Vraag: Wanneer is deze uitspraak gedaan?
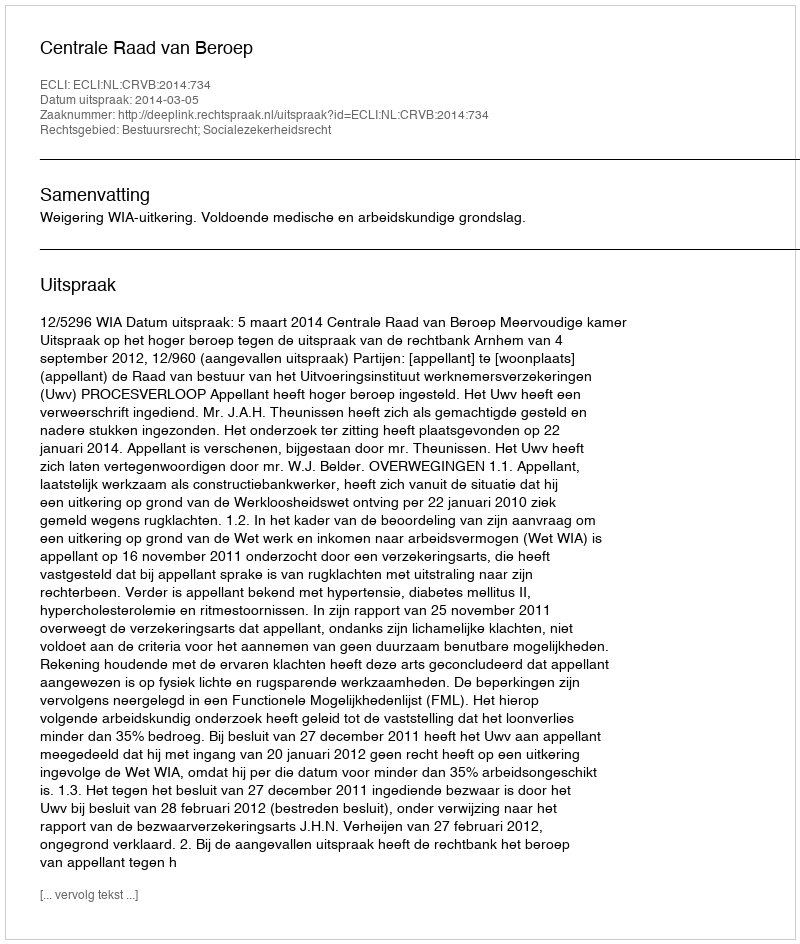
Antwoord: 2014-03-05